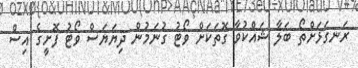
ރަނގަޅަށްތޯ ބަލާ ޝައްކުވާ ގޮތަކަށް ވޯޓު ގުނަމުން ދިޔަޔަސް ވޯޓު ފޮށީގެ އިސް